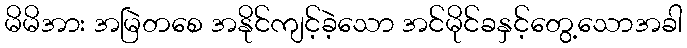
မိမိအား အမြဲတစေ အနိုင်ကျင့်ခဲ့သော အင်မိုင်ခနှင့်တွေ့သောအခါ